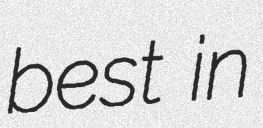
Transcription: best in